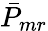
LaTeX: \bar{P}_{mr}